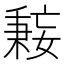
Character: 𫱤